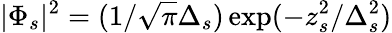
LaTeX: |\Phi_{s}|^{2}=(1/\sqrt{\pi}\Delta_{s})\exp(-z_{s}^{2}/\Delta_{s}^{2})